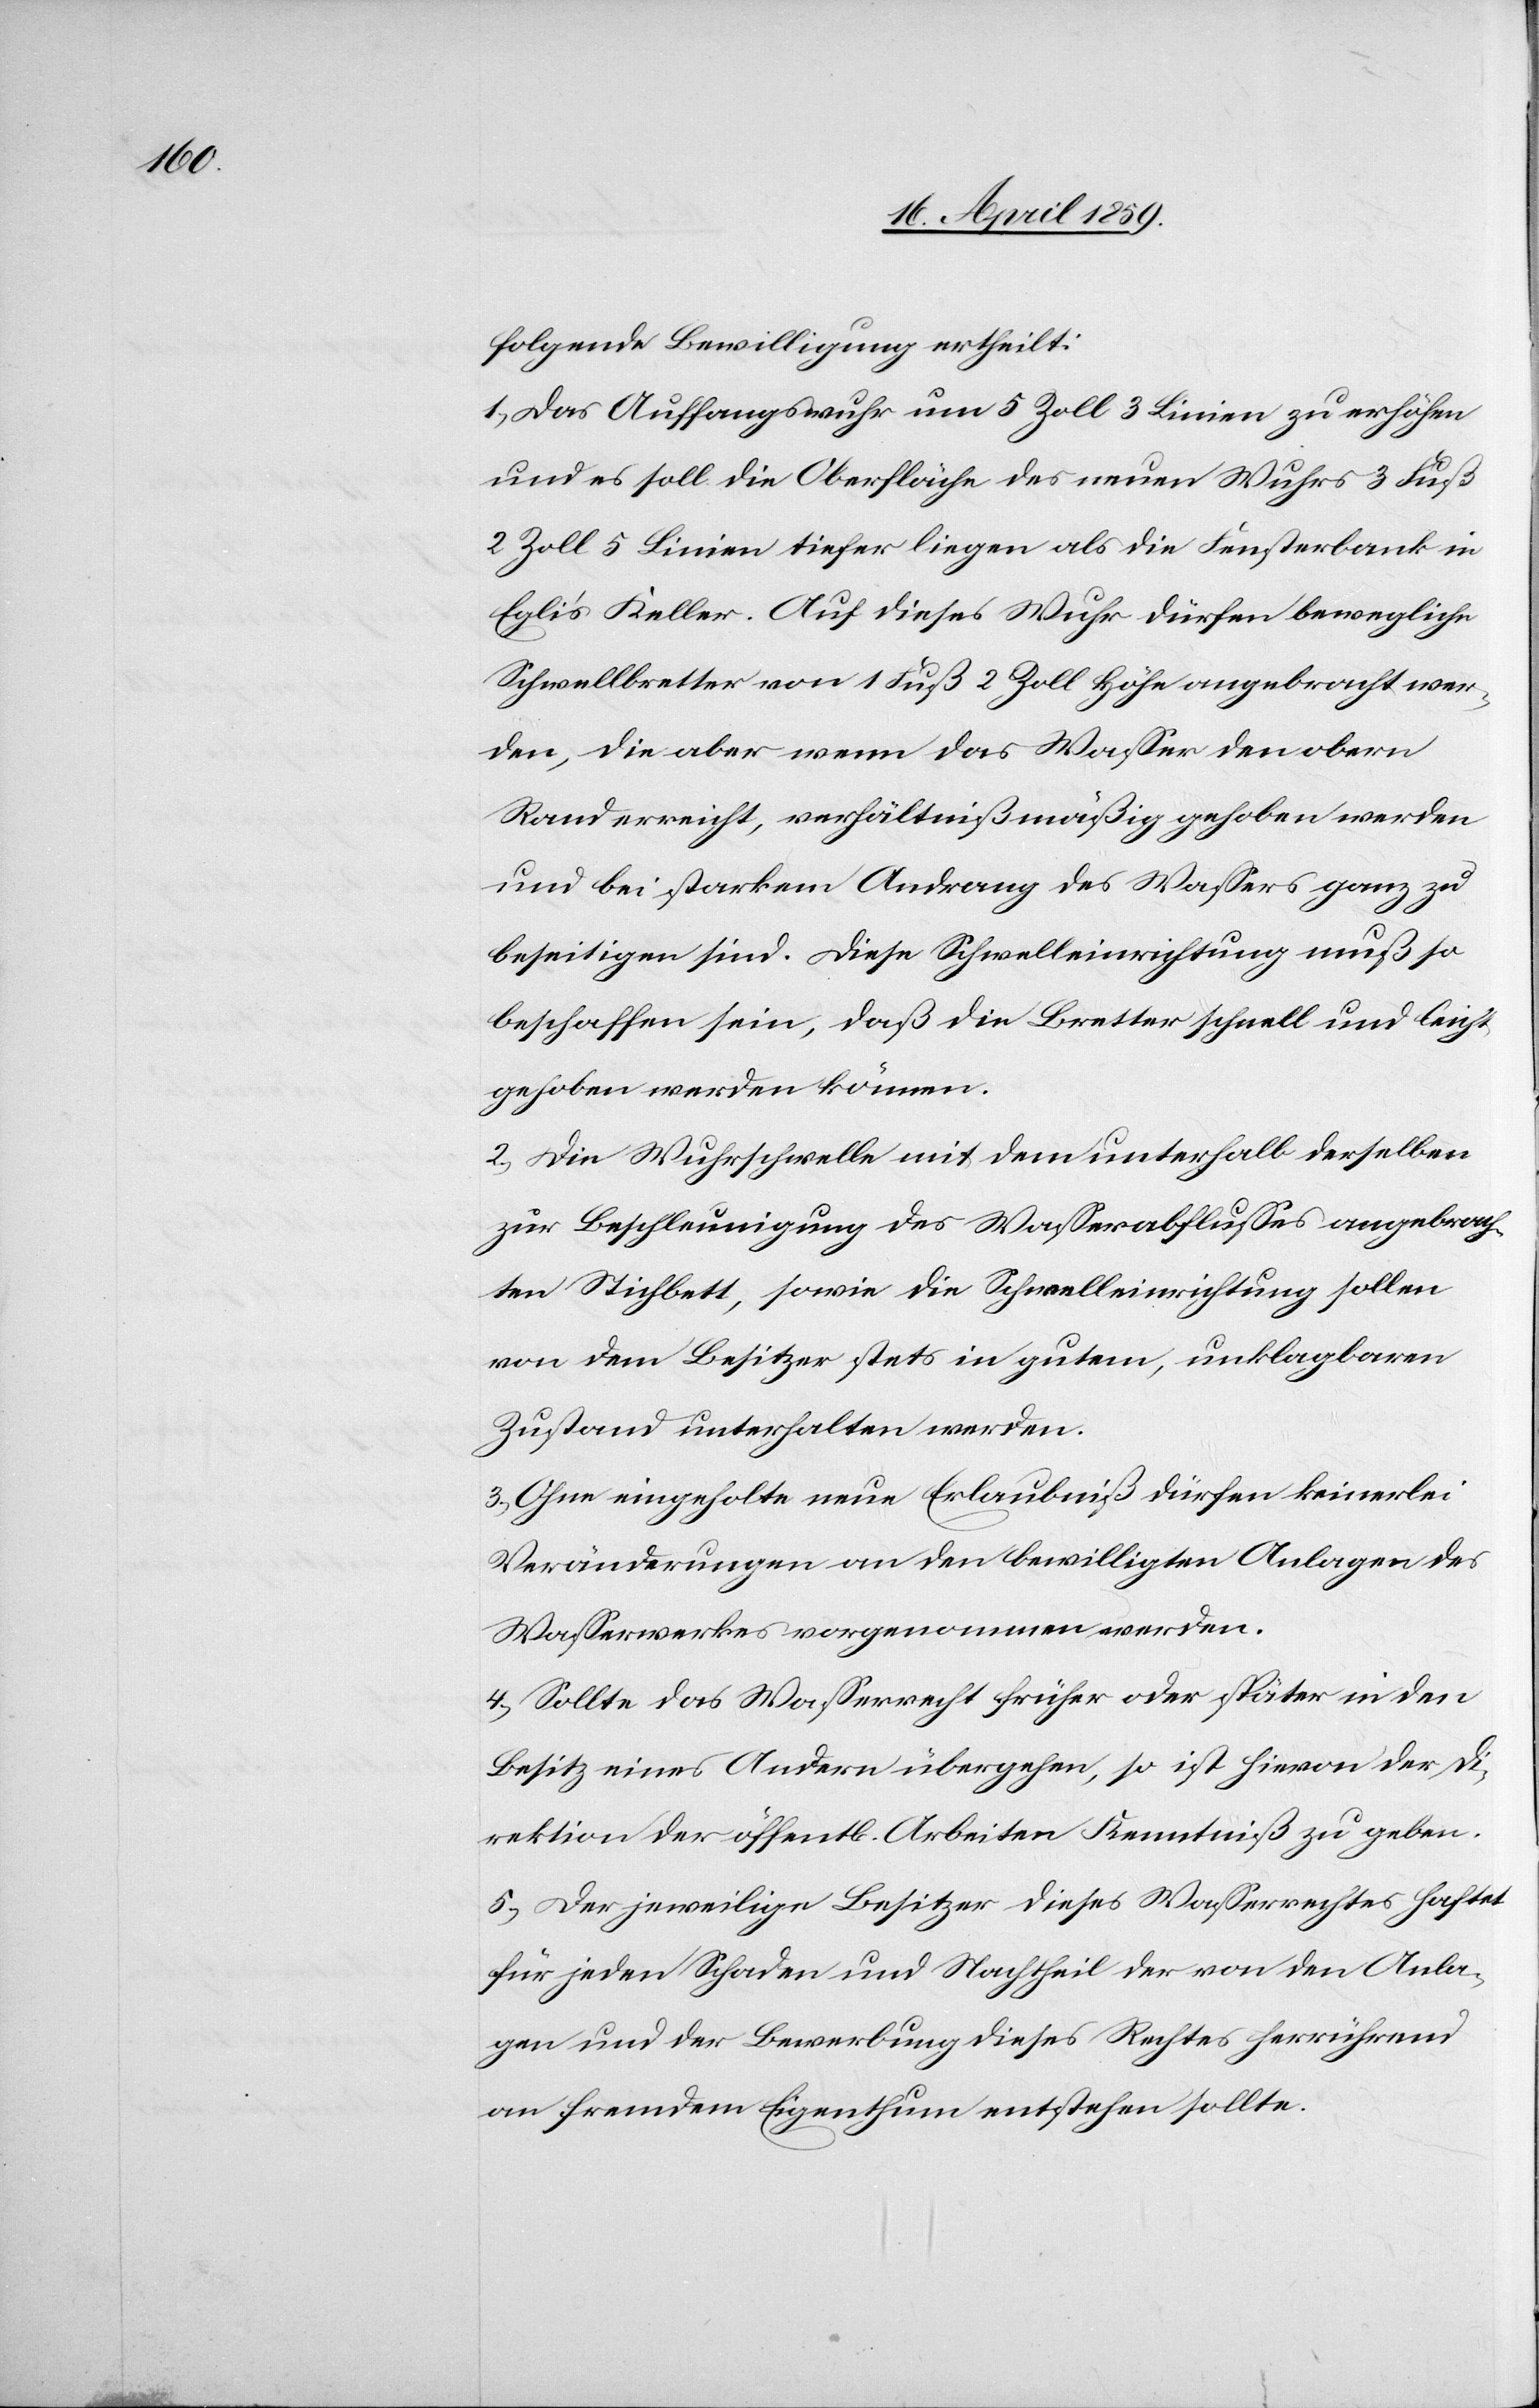
folgende Bewilligung ertheilt:
1) das Auffangswuhr um 5 Zoll 3 Linien zu erhöhen
und es soll die Oberfläche des neuen Wuhres 3 Fuß
2 Zoll 3 Linien tiefer liegen als die Fensterbank in
Egli’s Keller. Auf dieser Wuhr dürfen bewegliche
Schwellbretter von 1 Fuß 2 Zoll Höhe angebracht wer¬
den, die aber wenn das Waßer den obern
Rand erreicht, verhältnißmäßig gehoben werden
und bei starkem Andrang des Waßers ganz zu
beseitigen sind. Diese Schwelleinrichtung muß so
beschaffen sein, daß die Bretter schnell und leicht
gehoben werden können.
2) Die Wuhrschwelle mit dem unterhalb derselben
zur Beschleunigung des Waßerabflußes angebrach¬
ten Stichbett, sowie die Schwelleinrichtung sollen
von dem Besitzer stets in gutem, unklagbaren
Zustand unterhalten werden.
3) Ohne eingeholte neue Erlaubniß dürfen keinerlei
Veränderungen an den bewilligten Anlagen des
Waßerwerkes vorgenommen werden.
4) Sollte das Waßerrecht früher oder später in den
Besitz eines Andern übergehen, so ist hievon der Di¬
rektion der öffentl. Arbeiten Kenntniß zu geben.
5) Der jeweilige Besitzer dieses Waßerrechtes haftet
für jeden Schaden und Nachtheil der von den Anla¬
gen und der Bewerbung dieses Rechtes herrührend
an fremdem Eigenthum entstehen sollte.